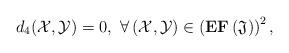
LaTeX: \begin{align*}d_{4}(\mathcal{X},\mathcal{Y})=0,~\forall \left( \mathcal{X},\mathcal{Y}\right) \in \left( \mathbf{EF}\left( \mathfrak{J}\right) \right) ^{2},\end{align*}